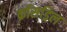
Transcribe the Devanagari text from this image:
क्रॉसड्रिल